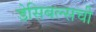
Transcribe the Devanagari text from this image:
डेसिबल्सची